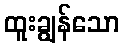
ထူးချွန်သော